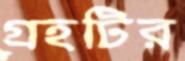
গ্রহটির